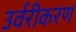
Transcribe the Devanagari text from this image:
उर्वरीकरण